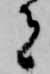
者